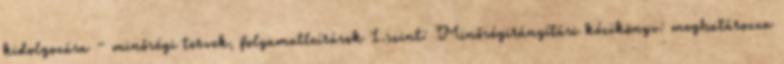
kidolgozása – minőségi tervek, folyamatleírások 1.szint: Minőségirányítási kézikönyv: meghatározza